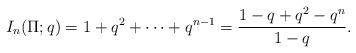
LaTeX: \begin{align*}I_n(\Pi;q)=1+q^2+\cdots+q^{n-1}=\frac{1-q+q^2-q^n}{1-q}.\end{align*}